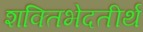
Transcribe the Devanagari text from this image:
शक्तिभेदतीर्थ